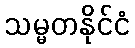
သမ္မတနိုင်ငံ